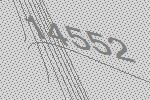
14552